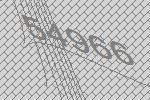
54966